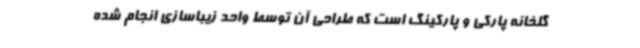
گلخانه پارکی و پارکینگ است که طراحی آن توسط واحد زیباسازی انجام شده